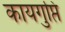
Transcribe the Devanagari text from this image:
कायगुप्ति